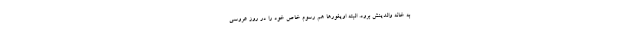
به خانه والدینش برود. البته اویغور‌ها هم رسوم خاص خود را در روز عروسی